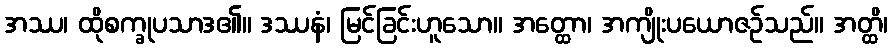
အဿ၊ ထိုစက္ခုပသာဒ၏။ ဒဿနံ၊ မြင်ခြင်းဟူသော။ အတ္ထော၊ အကျိုးပယောဇဉ်သည်။ အတ္ထိ၊